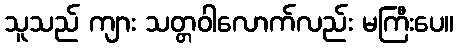
သူသည် ကျား သတ္တဝါလောက်လည်း မကြီးပေ။